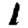
Digit: 1